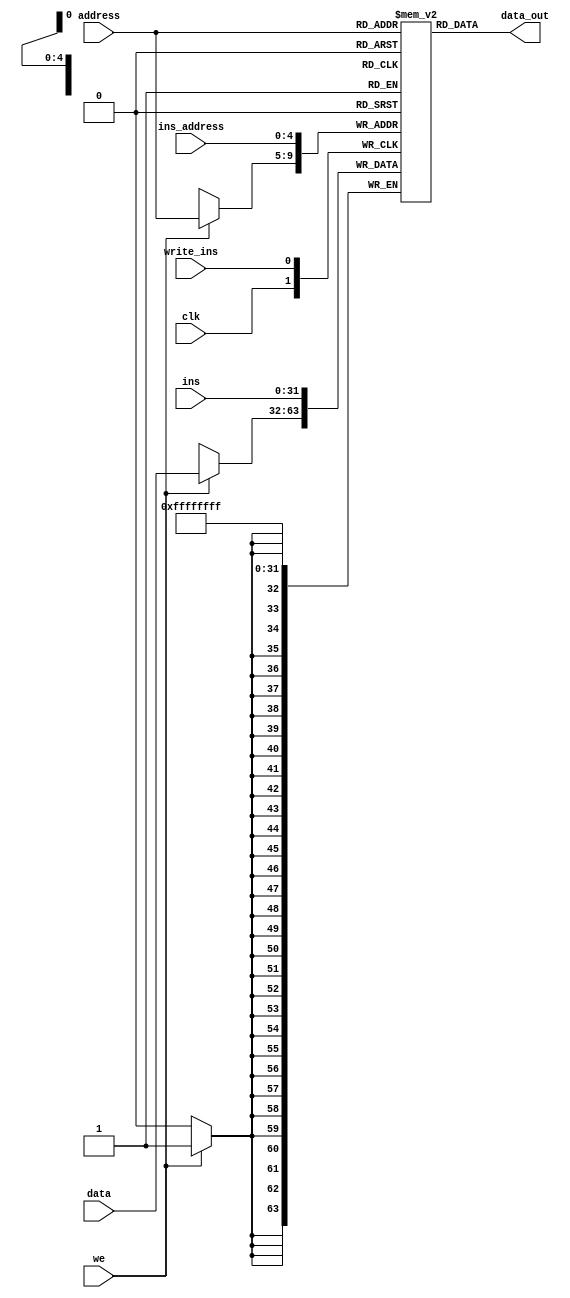
`timescale 1ns / 1ps

module Memory(
	input clk         , // Clock Input
	input [4:0] address     , // Address Input
	input [31:0] data        , // Data
	input we          , // Write Enable
	
	
	output wire [31:0] data_out,     //Output data
	
	//Usado para escribir a la memoria de instrucciones antes de ejecutar una instruccin
	input write_ins,
	input [4:0] ins_address,
	input [31:0] ins
);

//Variables
reg [31:0] mem [0:31];

// Memory Read Block 
assign data_out = mem[address];

// Memory Write Block 
// Write Operation : When we = 1, cs = 1
always @ (negedge clk) begin
	if (we)
		mem[address] <= data;
end

//Usado para escribir instrucciones
always @(posedge write_ins) begin
	mem[ins_address] <= ins;
end


endmodule